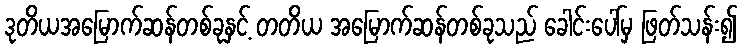
ဒုတိယအမြောက်ဆန်တစ်ခုနှင့် တတိယ အမြောက်ဆန်တစ်ခုသည် ခေါင်းပေါ်မှ ဖြတ်သန်း၍